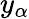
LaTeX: y_{\alpha}